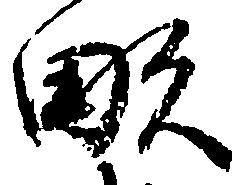
畝